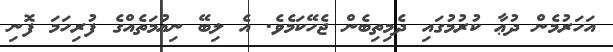
އަހަރުމެން ދުޢާ ކުރުމުގައި ދެމިތިބެން ޖެހޭކަމެވެ. އެ ލިބޭ ނިޢުމަތެއްގެ ފުރިހަމަ ފޮނި